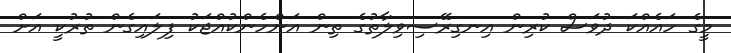
މީގެ ހައެއްކަ ދުވަސް ކުރިން އިނގިރޭސިވިލާތުގެ ތިން އަންހެންކުއްޖަކު ފިލައިގެން ތުރުކީ އަށް